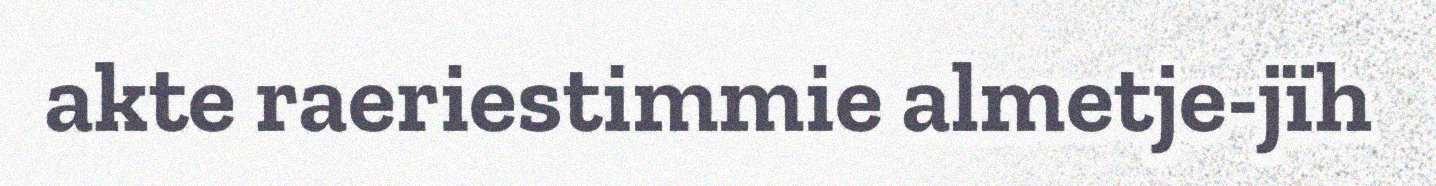
akte raeriestimmie almetje-jïh